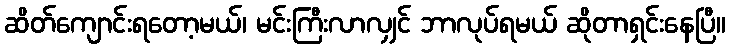
ဆိတ်ကျောင်းရတော့မယ်၊ မင်းကြီးလာလျှင် ဘာလုပ်ရမယ် ဆိုတာရှင်းနေပြီ။